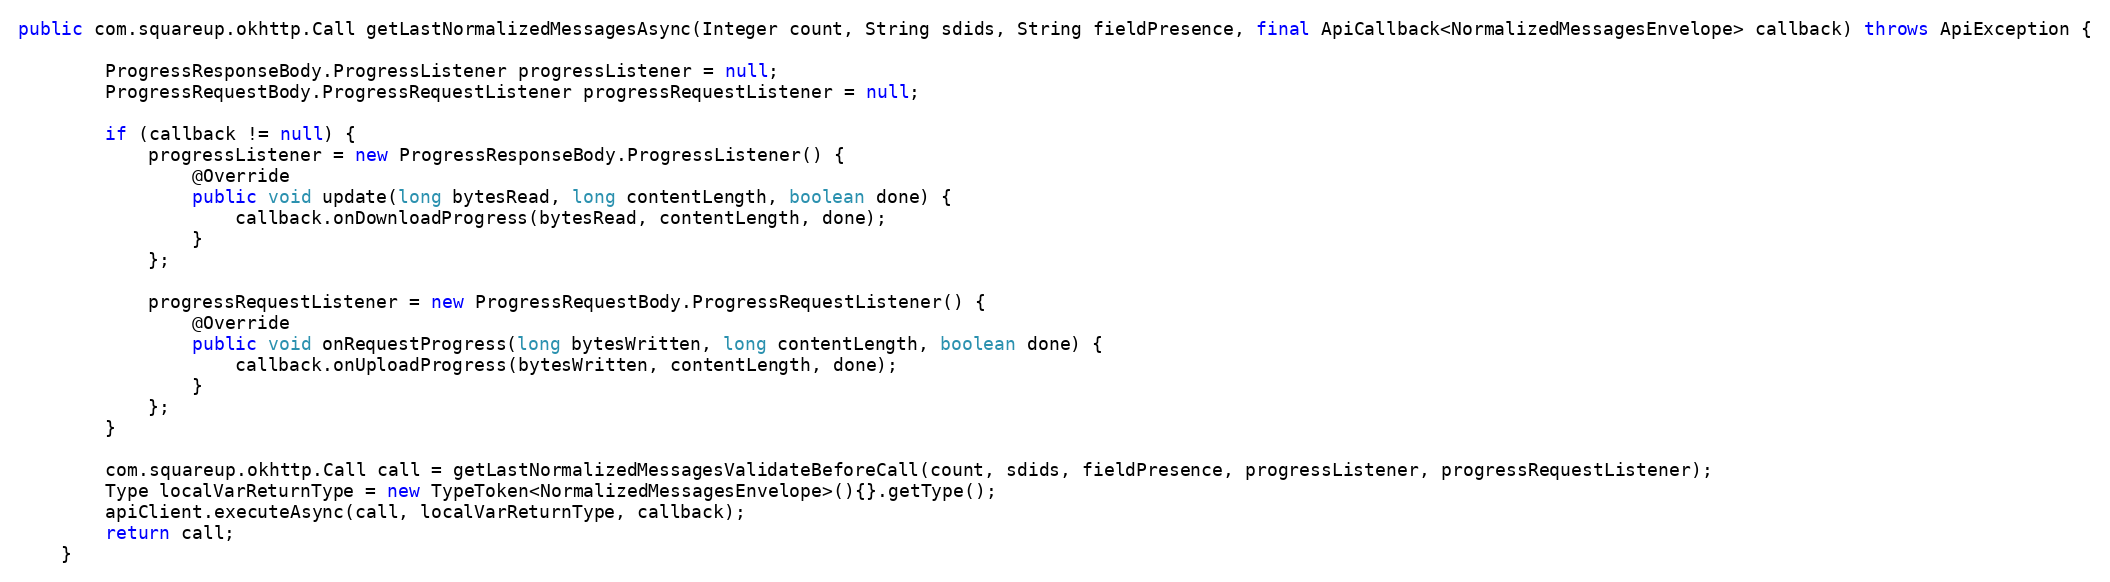
Language: Java
public com.squareup.okhttp.Call getLastNormalizedMessagesAsync(Integer count, String sdids, String fieldPresence, final ApiCallback<NormalizedMessagesEnvelope> callback) throws ApiException {

        ProgressResponseBody.ProgressListener progressListener = null;
        ProgressRequestBody.ProgressRequestListener progressRequestListener = null;

        if (callback != null) {
            progressListener = new ProgressResponseBody.ProgressListener() {
                @Override
                public void update(long bytesRead, long contentLength, boolean done) {
                    callback.onDownloadProgress(bytesRead, contentLength, done);
                }
            };

            progressRequestListener = new ProgressRequestBody.ProgressRequestListener() {
                @Override
                public void onRequestProgress(long bytesWritten, long contentLength, boolean done) {
                    callback.onUploadProgress(bytesWritten, contentLength, done);
                }
            };
        }

        com.squareup.okhttp.Call call = getLastNormalizedMessagesValidateBeforeCall(count, sdids, fieldPresence, progressListener, progressRequestListener);
        Type localVarReturnType = new TypeToken<NormalizedMessagesEnvelope>(){}.getType();
        apiClient.executeAsync(call, localVarReturnType, callback);
        return call;
    }